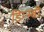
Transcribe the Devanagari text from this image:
डिग्स्बी